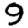
Digit: 9